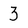
Character: 3